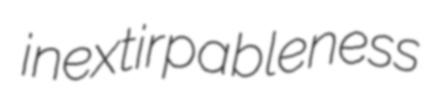
inextirpableness